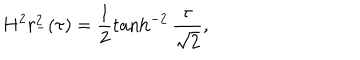
H ^ { 2 } r _ { - } ^ { 2 } ( \tau ) = \frac { 1 } { 2 } \tanh ^ { - 2 } \frac { \tau } { \sqrt { 2 } } ,